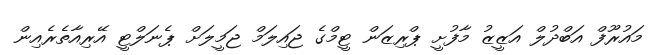
މައުރޫފް އަބްދުލް އަޒީޒު މާފުށީ ޕްރިޒަން ޓީމްގެ ޖައިލަމް ޖަމީލަށް ޕެނަލްޓީ އޭރިއާތެރެއިން